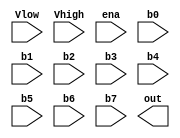
// SPDX-FileCopyrightText: 2020 Efabless Corporation
//
// Licensed under the Apache License, Version 2.0 (the "License");
// you may not use this file except in compliance with the License.
// You may obtain a copy of the License at
//
//      http://www.apache.org/licenses/LICENSE-2.0
//
// Unless required by applicable law or agreed to in writing, software
// distributed under the License is distributed on an "AS IS" BASIS,
// WITHOUT WARRANTIES OR CONDITIONS OF ANY KIND, either express or implied.
// See the License for the specific language governing permissions and
// limitations under the License.
// SPDX-License-Identifier: Apache-2.0

/*--------------------------------------------------------------
 Verilog behavioral model of 8-bit digtal-to-analog converter 
                                                              
                                                              
 The analog signals are on a 3.3V domain (vdd, vss).          
 The data bits "b0" to "b7" are on a 1.8V domain (dvdd, dvss)
 The digital "ena" (enable) signal is on the 1.8V domain.	
                                                              
 "ena" is active high (1 = enabled)                           
--------------------------------------------------------------*/

`default_nettype none
`timescale 1 ns / 1 ps
`ifdef SYN
`define REAL real
`else
`define REAL 
`endif

module dac_3v_8bit #(parameter FUNCTIONAL = 1)(
`ifdef USE_POWER_PINS
   input       vdd,
   input       vss,
   input       dvdd,
   input       dvss,
`endif
   `ifndef COCOTB_SIM
    input `REAL Vlow,
    input `REAL Vhigh,
   `else 
    input real  Vlow,
    input real  Vhigh,
   `endif // COCOTB_SIM
   input       ena,

   input       b0,
   input       b1,
   input       b2,
   input       b3,
   input       b4,
   input       b5,
   input       b6,
   input       b7,

   `ifndef COCOTB_SIM
      output `REAL out
   `else 
      output real out
   `endif 
);


// generate
   `ifdef FUNCTIONAL
      `ifndef COCOTB_SIM
         reg `REAL     dacvalue;
      `else 
         real     dacvalue;
      `endif 
      assign out = dacvalue;

      initial begin
         dacvalue <= 0;
      end

      always @* begin
         if (ena == 1'b1) begin
            dacvalue = Vlow + {b7, b6, b5, b4, b3, b2, b1, b0} * (Vhigh - Vlow) / 255.0;
         end else begin
            dacvalue = 0.0;
         end
      end
   `endif
// endgenerate

endmodule
`default_nettype wire